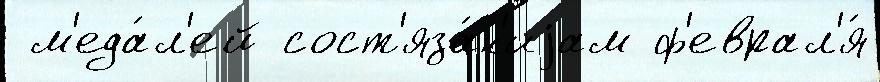
 м'еда́л'ей сост'яза́н'иjам ф'еврал'я́